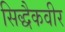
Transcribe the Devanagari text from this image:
सिद्धैकवीर